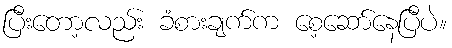
ပြီးတော့လည်း ခံစားချက်က စေ့ဆော်နေပြီပဲ။